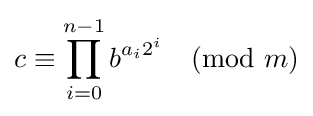
c\equiv \prod _{i=0}^{n-1}b^{a_{i}2^{i}}{\pmod {m}}